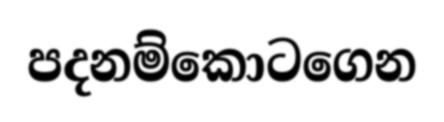
පදනම්කොටගෙන